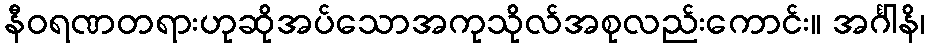
နီဝရဏတရားဟုဆိုအပ်သောအကုသိုလ်အစုလည်းကောင်း။ အင်္ဂါနိ၊